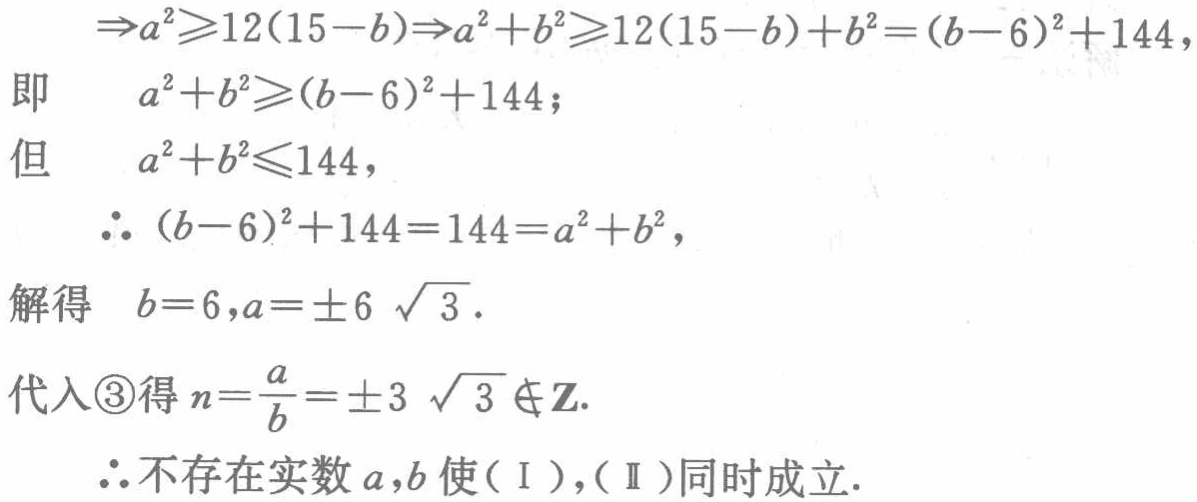
\begin{align*}

\Rightarrow a^{2}&\geqslant12(15 - b)\Rightarrow a^{2}+b^{2}\geqslant12(15 - b)+b^{2}=(b - 6)^{2}+144,\\

\text{即}\quad a^{2}+b^{2}&\geqslant(b - 6)^{2}+144;\\

\text{但}\quad a^{2}+b^{2}&\leqslant144,\\

\therefore\ (b - 6)^{2}+144&=144=a^{2}+b^{2},\\

\text{解得}\quad b = 6,a&=\pm6\sqrt{3}.\\

\text{代入}\textcircled{3}\text{得}n=\frac{a}{b}&=\pm3\sqrt{3}\notin\mathbf{Z}.\\

\therefore\text{不存在实数}a,b\text{使}(\text{I}),(\text{II})\text{同时成立}.

\end{align*}